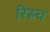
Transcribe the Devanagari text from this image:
रिस्र्च